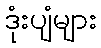
ဒုံးပျံများ